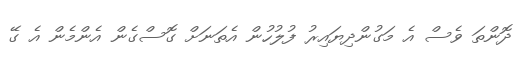
ދޮންތަ ވެސް އެ މަގުންދިޔައިރު ފުލުހުން އެތަނަށް ގޮސްގެން އެންމެން އެ ގޭ